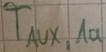
Text: TAUX,1a